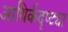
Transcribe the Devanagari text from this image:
आथिर्कदृष्ट्या